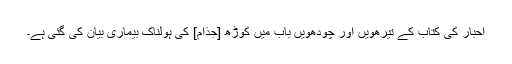
احبار کی کتاب کے تیرھویں اور چودھویں باب میں کوڑھ [جُذام] کی ہولناک بیماری بیان کی گئی ہے۔